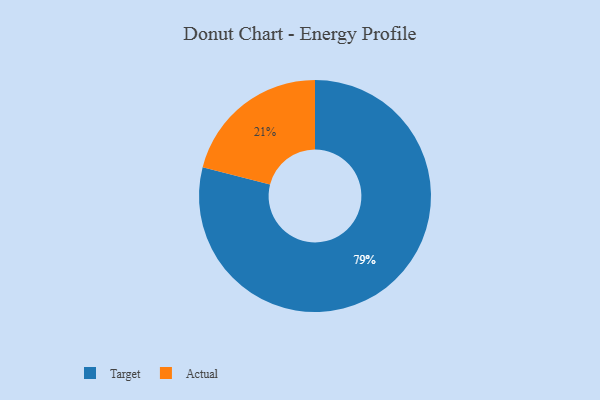
{"axis": {"x": "Category", "y": "Percentage"}, "legend": ["Actual", "Target"], "data": [{"x": "Target", "y": 79, "type": "Target"}, {"x": "Actual", "y": 21, "type": "Actual"}]}